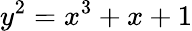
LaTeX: y^{2}=x^{3}+x+1